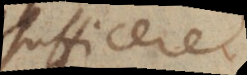
fficere